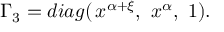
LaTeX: \Gamma _ { 3 } = d i a g ( \, x ^ { \alpha + \xi } , \ x ^ { \alpha } , \ 1 ) .